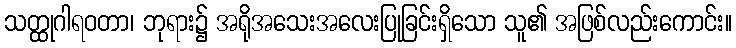
သတ္ထုဂါရဝတာ၊ ဘုရား၌ အရိုအသေးအလေးပြုခြင်းရှိသော သူ၏ အဖြစ်လည်းကောင်း။